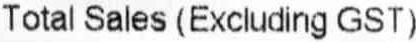
TOTAL SALES (EXCLUDING GST)